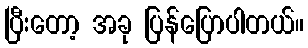
ပြီးတော့ အခု ပြန်ပြောပါတယ်။